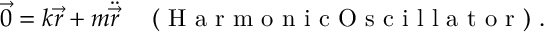
\vec { 0 } = k { \vec { r } } + m { \ddot { \vec { r } } } \enspace \enspace \mathrm { ~ ( ~ H ~ a ~ r ~ m ~ o ~ n ~ i ~ c ~ O ~ s ~ c ~ i ~ l ~ l ~ a ~ t ~ o ~ r ~ ) ~ } .